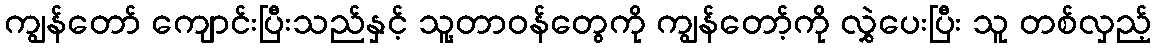
ကျွန်တော် ကျောင်းပြီးသည်နှင့် သူ့တာဝန်တွေကို ကျွန်တော့်ကို လွှဲပေးပြီး သူ တစ်လှည့်